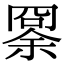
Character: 𠕨